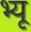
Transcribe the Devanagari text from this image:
भ्यू